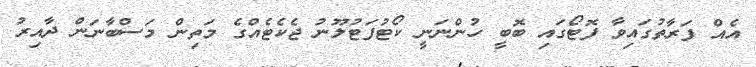
އެއް ފަރާތުގައިވާ ފޮޓޯގައި ބޮބީ ހުންނަނީ ކޯޓުފަޓުލޫނު ޖެކެޓެއްގެ މަތިން މަސްބާނަން ދާއިރު